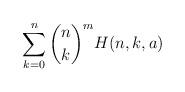
LaTeX: \begin{align*}\sum_{k=0}^{n}\binom{n}{k}^m H(n,k,a)\end{align*}